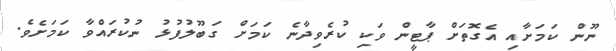
ނޫން ކަމަށާއި އެގޮތަށް ޕާޓީން ވަކި ކުރެވިދާނެ ކަމަށް ގަބޫލުފުޅު ނުކުރައްވާ ކަމަށެވެ.